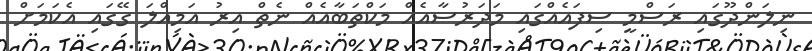
ނިލަންދޫގައި ރަސްމީ ސިފައެއްގައި މަދަރުސާއެއް މަކްތަބާއެއް ނެތް އިރު އަމިއްލަ ގޭގައި އެކަމަށް